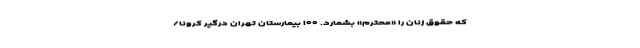
که حقوق زنان را «محترم» بشمارد. ۱۰۰ بیمارستان تهران درگیر کرونا/